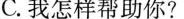
C.我怎样帮助你?